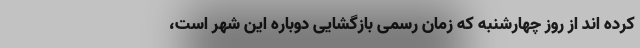
کرده اند از روز چهارشنبه که زمان رسمی بازگشایی دوباره این شهر است،